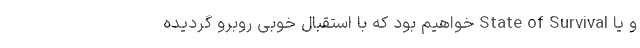
و یا State of Survival خواهیم بود که با استقبال خوبی روبرو گردیده